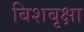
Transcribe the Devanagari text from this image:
बिशबृक्षा